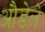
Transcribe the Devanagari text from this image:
औडेले